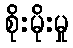
စိုးမိုးမှု